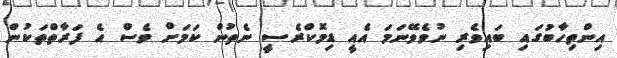
އިންތިހާބުގައި ބައިވެރި ނުވެވޭނަމަ އެއީ ޑިމޮކްރެސީ ނެތުން ކަމަށް ވެސް އެ ފަރާތްތަކުން